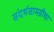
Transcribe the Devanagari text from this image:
संदर्भसामग्रीचा